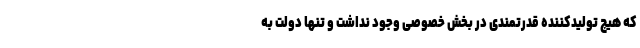
که هیچ تولیدکننده قدرتمندی در بخش خصوصی وجود نداشت و تنها دولت به